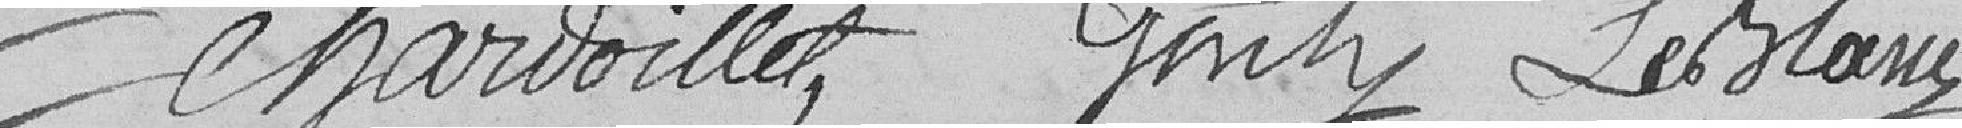
Charvoillet, Genty, Leblanc